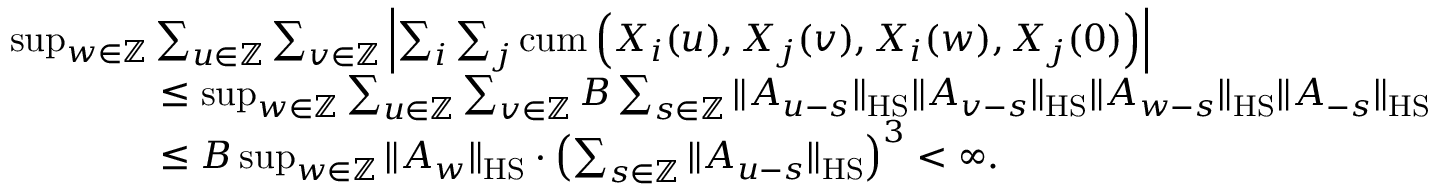
\begin{array} { r l } & { \operatorname* { s u p } _ { w \in \mathbb { Z } } \sum _ { u \in \mathbb { Z } } \sum _ { v \in \mathbb { Z } } \left| \sum _ { i } \sum _ { j } \mathrm { c u m } \left( X _ { i } ( u ) , X _ { j } ( v ) , X _ { i } ( w ) , X _ { j } ( 0 ) \right) \right| } \\ & { \qquad \qquad \le \operatorname* { s u p } _ { w \in \mathbb { Z } } \sum _ { u \in \mathbb { Z } } \sum _ { v \in \mathbb { Z } } B \sum _ { s \in \mathbb { Z } } \| A _ { u - s } \| _ { \mathrm { H S } } \| A _ { v - s } \| _ { \mathrm { H S } } \| A _ { w - s } \| _ { \mathrm { H S } } \| A _ { - s } \| _ { \mathrm { H S } } } \\ & { \qquad \qquad \le B \operatorname* { s u p } _ { w \in \mathbb { Z } } \| A _ { w } \| _ { \mathrm { H S } } \cdot \left( \sum _ { s \in \mathbb { Z } } \| A _ { u - s } \| _ { \mathrm { H S } } \right) ^ { 3 } < \infty . } \end{array}